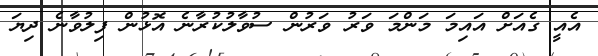
އެއީ ގެއަށް އައިމަ މަންމަ ވަރު ވަރުން ސުވާލުކުރާނެ އޮޅުން ފިލުވާނެ ދިޔަ